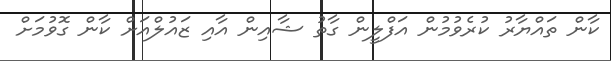
ކާން ތައްޔާރު ކުރެވުމުން އަފްލީން ގާތު ޝާއިން އާއި ޒައުލްއަށް ކާން ގޮވުމަށް